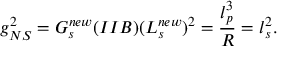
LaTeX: g _ { N S } ^ { 2 } = G _ { s } ^ { n e w } ( I I B ) ( L _ { s } ^ { n e w } ) ^ { 2 } = \frac { l _ { p } ^ { 3 } } { R } = l _ { s } ^ { 2 } .